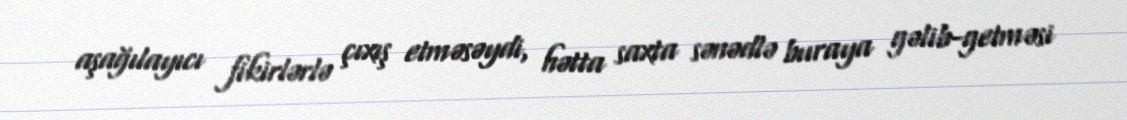
aşağılayıcı fikirlərlə çıxış etməsəydi, hətta saxta sənədlə buraya gəlib-getməsi